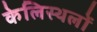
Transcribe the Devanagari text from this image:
केलिस्थलों